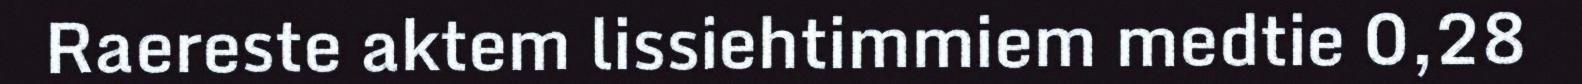
Raereste aktem lissiehtimmiem medtie 0,28